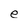
Character: e